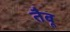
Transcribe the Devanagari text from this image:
तैबू